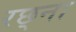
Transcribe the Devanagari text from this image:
रछ्ना